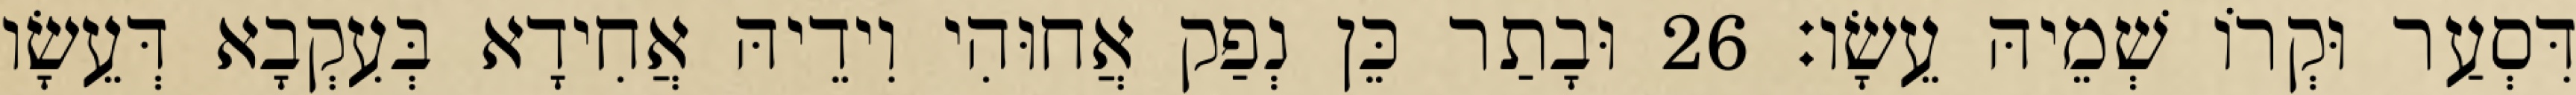
דִּסְעַר וּקְרוֹ שְׁמֵיהּ עֵשָׂו׃ 26 וּבָתַר כֵּן נְפַק אֲחוּהִי וִידֵיהּ אֲחִידָא בְּעִקְבָא דְּעֵשָׂו